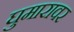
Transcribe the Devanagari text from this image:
घुमारावर